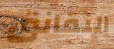
النقانق